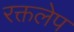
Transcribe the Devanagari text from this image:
रक्तलेप